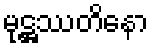
မုဋ္ဌဿတိနော